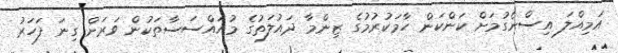
އަމިއްލަ އިސްނެގުމަށް ކަންކަން ހާމަކުރުމުގެ ޒިންމާ ދައުލަތުގެ މުއައްސަސާތަކުން ވަރަށް ގިނަ ފަހަރު